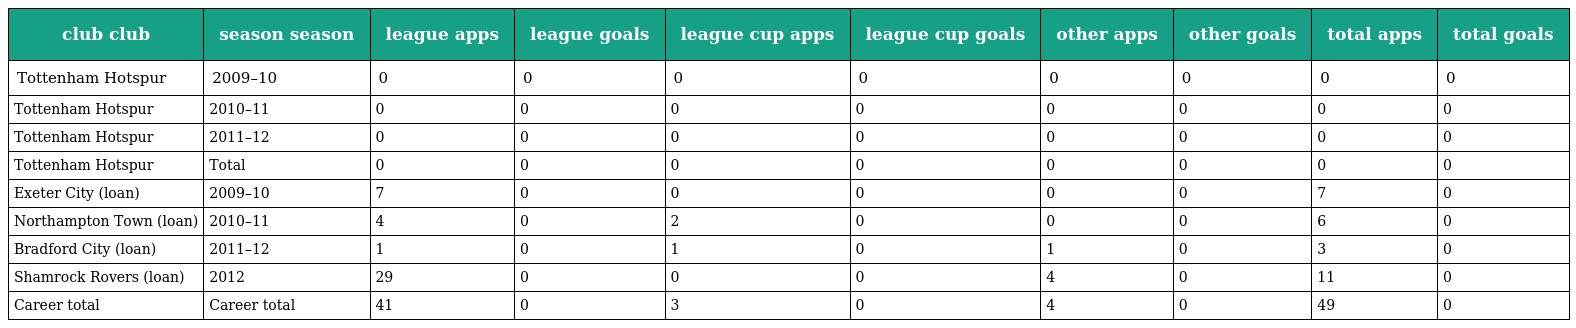
| club club | season season | league apps | league goals | league cup apps | league cup goals | other apps | other goals | total apps | total goals |
 | --- | --- | --- | --- | --- | --- | --- | --- | --- | --- |
 | Tottenham Hotspur | 2009–10 | 0 | 0 | 0 | 0 | 0 | 0 | 0 | 0 |
 | Tottenham Hotspur | 2010–11 | 0 | 0 | 0 | 0 | 0 | 0 | 0 | 0 |
 | Tottenham Hotspur | 2011–12 | 0 | 0 | 0 | 0 | 0 | 0 | 0 | 0 |
 | Tottenham Hotspur | Total | 0 | 0 | 0 | 0 | 0 | 0 | 0 | 0 |
 | Exeter City (loan) | 2009–10 | 7 | 0 | 0 | 0 | 0 | 0 | 7 | 0 |
 | Northampton Town (loan) | 2010–11 | 4 | 0 | 2 | 0 | 0 | 0 | 6 | 0 |
 | Bradford City (loan) | 2011–12 | 1 | 0 | 1 | 0 | 1 | 0 | 3 | 0 |
 | Shamrock Rovers (loan) | 2012 | 29 | 0 | 0 | 0 | 4 | 0 | 11 | 0 |
 | Career total | Career total | 41 | 0 | 3 | 0 | 4 | 0 | 49 | 0 |